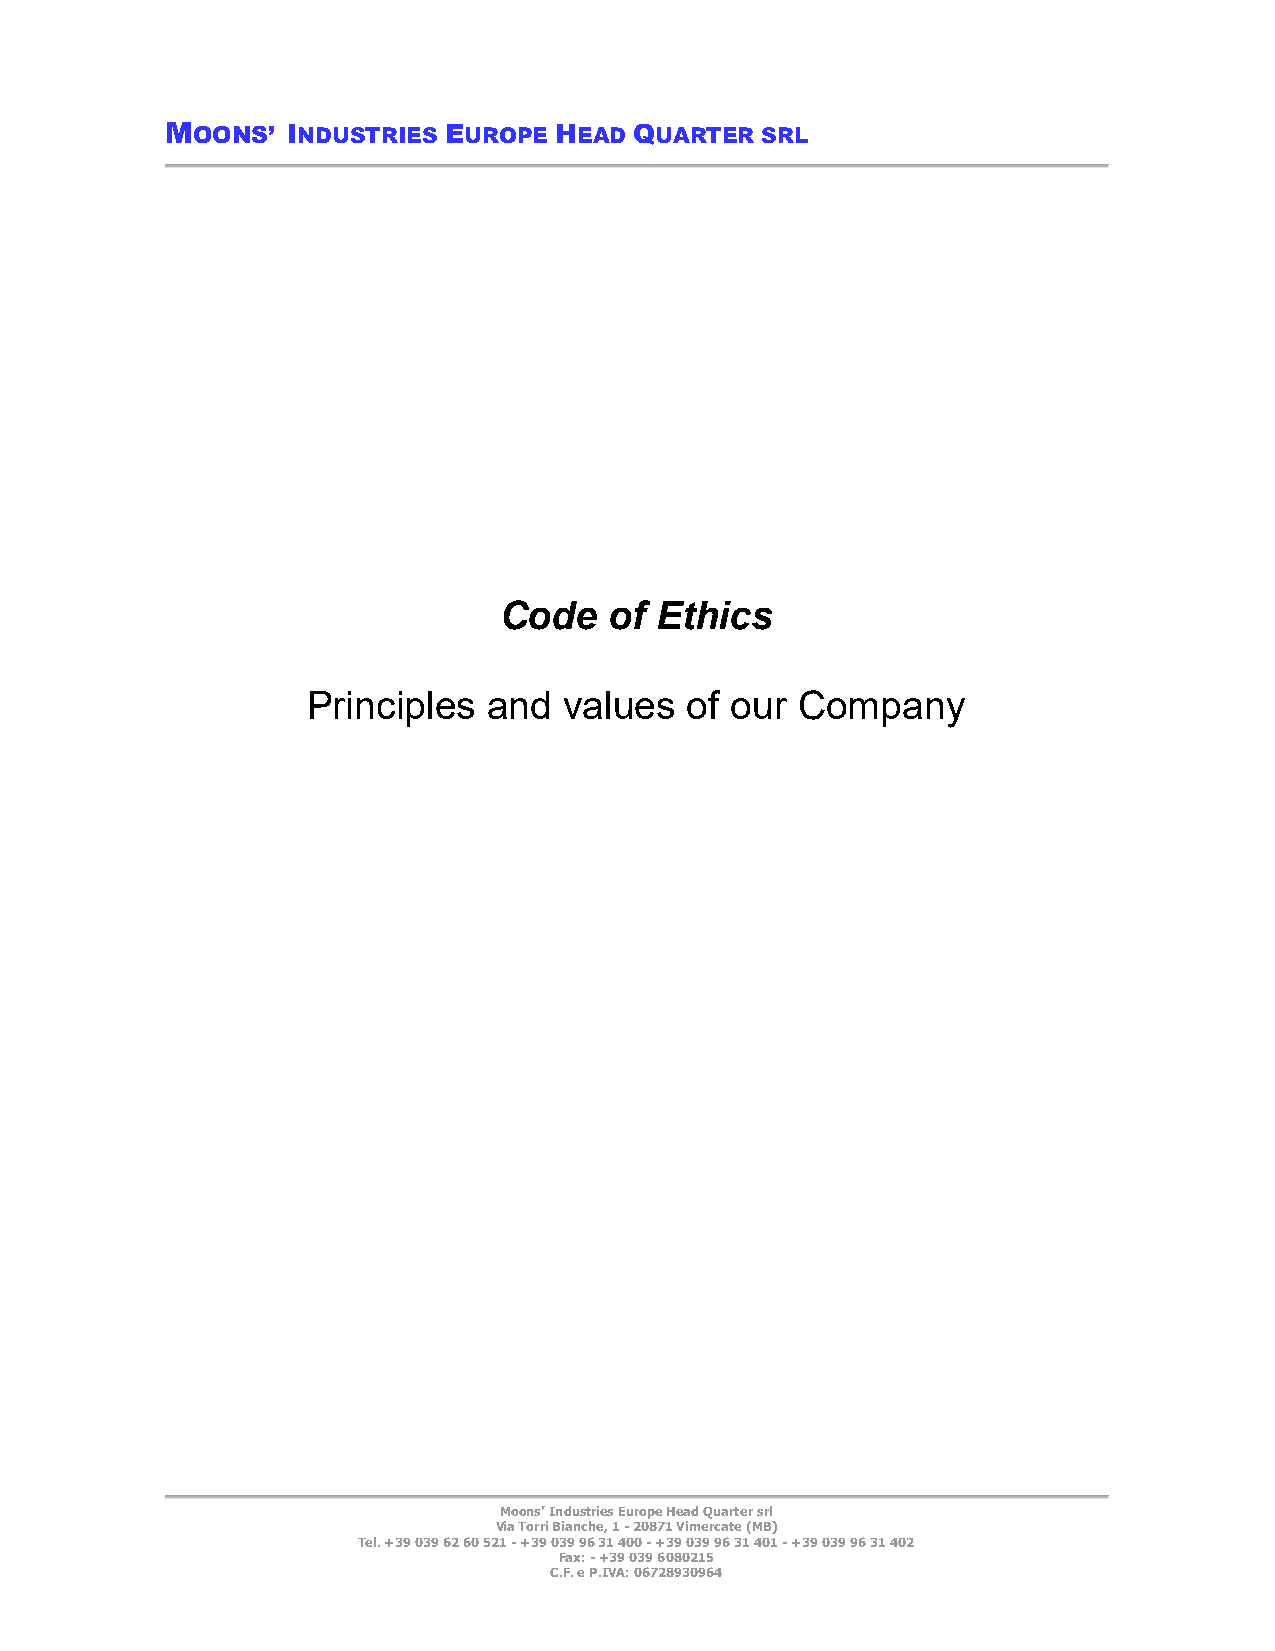
MOONS’  INDUSTRIES EUROPE HEAD QUARTER SRL
 Code   of Ethics
 Principles  and  values   of our Company
 Moons’ Industries Europe Head Quarter srl
 Via Torri Bianche, 1 - 20871 Vimercate (MB)
 Tel. +39 039 62 60 521 - +39 039 96 31 400 - +39 039 96 31 401 - +39 039 96 31 402
 Fax: - +39 039 6080215
 C.F. e P.IVA: 06728930964